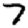
Digit: 7